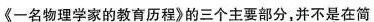
《一名物理学家的教育历程》的三个主要部分，并不是在简